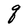
Character: q